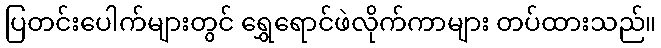
ပြတင်းပေါက်များတွင် ရွှေရောင်ဖဲလိုက်ကာများ တပ်ထားသည်။